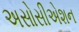
અસોસીએશન